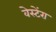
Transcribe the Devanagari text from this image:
वेस्टेंरा